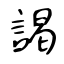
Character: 謁